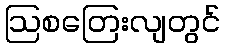
ဩစတြေးလျတွင်